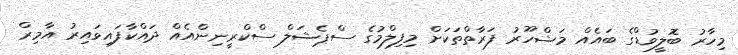
މިހާރު ބޮލީވުޑްގެ ބައެއް މަޝްހޫރު ފަރާތްތަކަށް މިފިލްމުގެ ސްޕެޝަލް ސްކްރީނިންއެއް ދައްކާފައިވައިރު އާމިރް